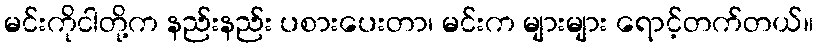
မင်းကိုငါတို့က နည်းနည်း ပစားပေးတာ၊ မင်းက များများ ရောင့်တက်တယ်။